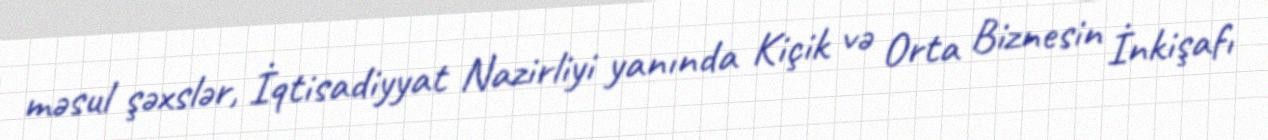
məsul şəxslər, İqtisadiyyat Nazirliyi yanında Kiçik və Orta Biznesin İnkişafı